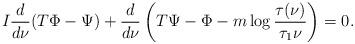
LaTeX: \begin{align*} I \frac{d}{d\nu}(T\Phi - \Psi) + \frac{d}{d\nu}\left(T\Psi - \Phi - m\log\frac{\tau(\nu)}{\tau_1\nu}\right) = 0.\end{align*}